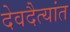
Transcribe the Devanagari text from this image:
देवदैत्यांत